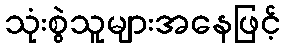
သုံးစွဲသူများအနေဖြင့်